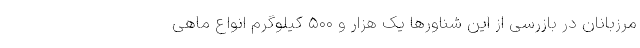
مرزبانان در بازرسی از این شناور‌ها یک هزار و ۵۰۰ کیلوگرم انواع ماهی